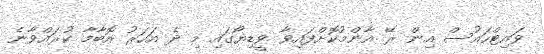
ވައިޓްހައުސް އިން ރޭ އާންމުކޮށްފައިވާ ވީޑިޔޯގައި މި ދެ އަހަރު އޮބާމާ ކުރައްވާނެ